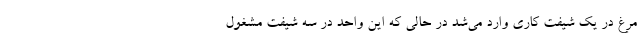
مرغ در یک شیفت کاری وارد می‌شد در حالی که این واحد در سه شیفت مشغول